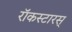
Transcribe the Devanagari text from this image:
रॉकस्टारस्